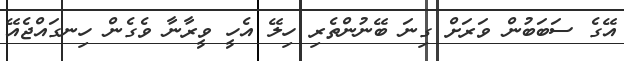
އޭގެ ސަބަބުން ވަރަށް ގިނަ ބޭނުންތެރި ހިލޭ އެހީ ވީރާނާ ވެގެން ހިނގައްޖެއޭ